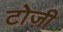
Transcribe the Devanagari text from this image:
टोज़ी